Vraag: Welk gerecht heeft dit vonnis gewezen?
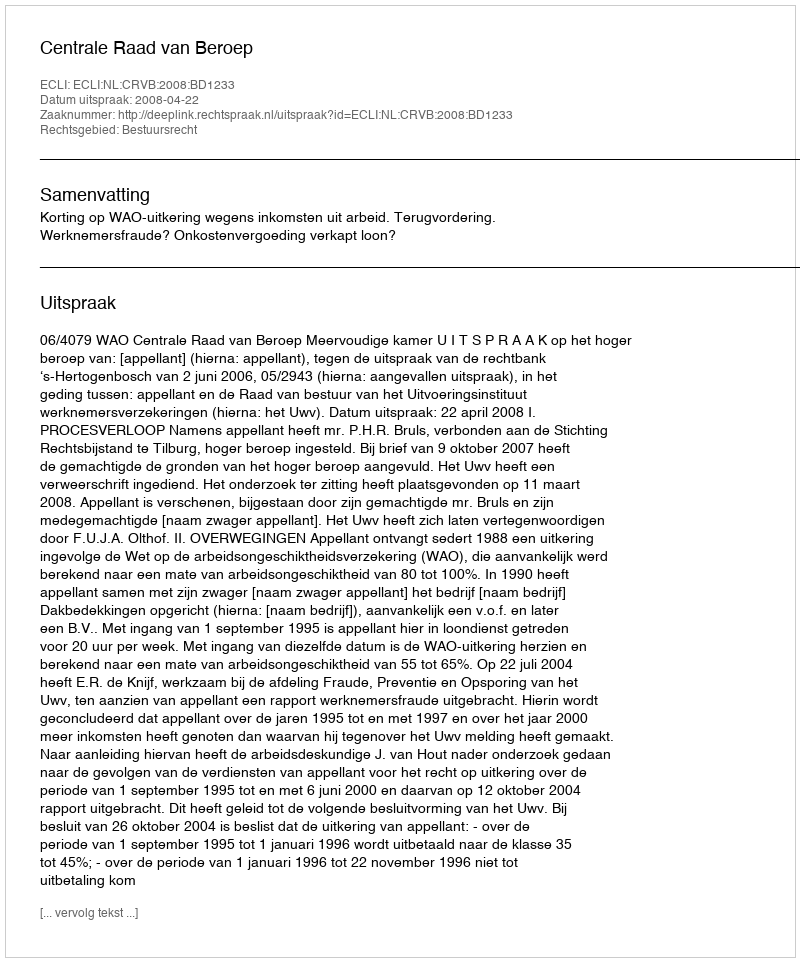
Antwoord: Centrale Raad van Beroep